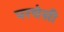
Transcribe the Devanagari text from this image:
परचेसी